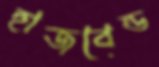
হাজবেন্ড